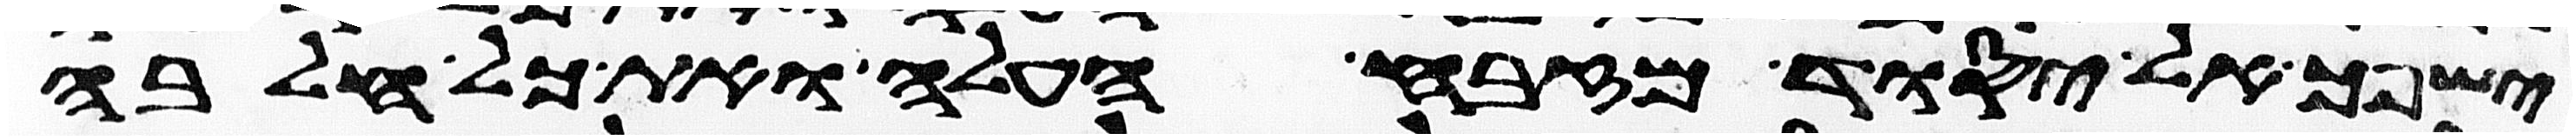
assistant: ישפך אל יסוד מזבח העלה ואת כל חלבה